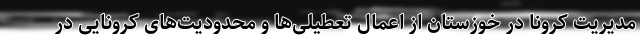
مدیریت کرونا در خوزستان از اعمال تعطیلی‌ها و محدودیت‌های کرونایی در